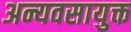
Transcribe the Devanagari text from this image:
अन्यवसायुक्त